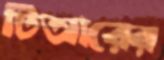
টিআরের